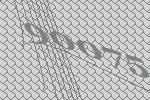
90075